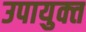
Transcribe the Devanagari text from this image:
उपायुक्‍त